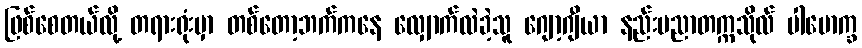
ဖြစ်စေတယ်လို့ တရားရုံးမှာ တစ်တော့ဘက်ကနေ လျှောက်လဲခဲ့သူ ဂျော့ဂျီယာ နည်းပညာတက္ကသိုလ် ပါမောက္ခ